Vaccination in Bombay 1856-1862 - 1856-1862
Year: 1856
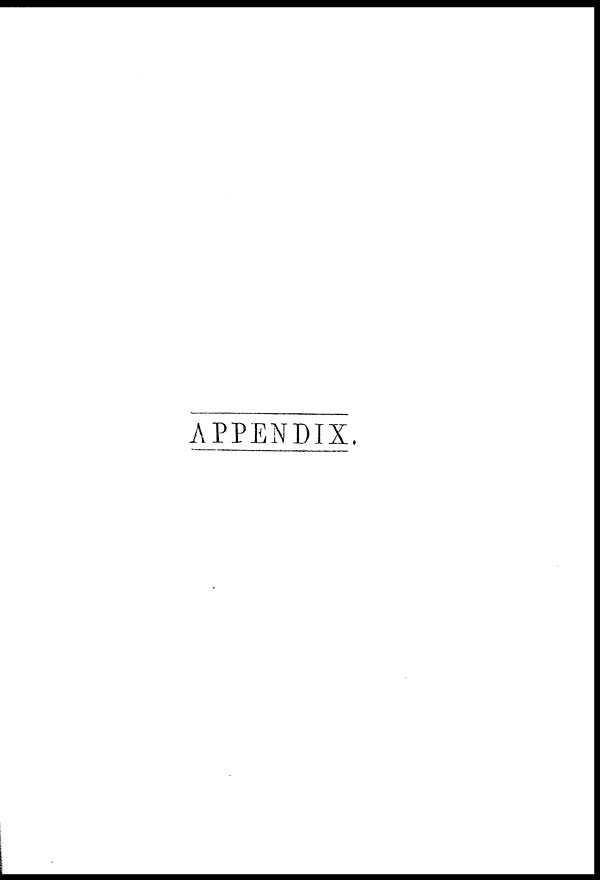
APPENDIX.